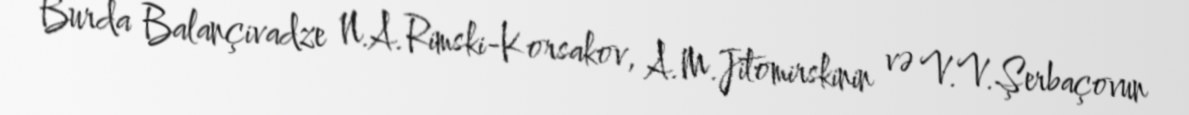
Burda Balançivadze N.A.Rimski-Korsakov, A.M.Jitomirskinin və V.V.Şerbaçovun